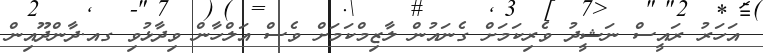
އަހަރު ރައީސް ނަޝީދު ވެރިކަމަށް ގެނައުން ލާޒިމްކަމަށް ވެސް އަލްހާން ވިދާޅުވި ގއ.ދާންދޫއިން